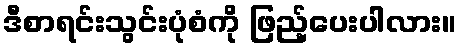
ဒီစာရင်းသွင်းပုံစံကို ဖြည့်ပေးပါလား။